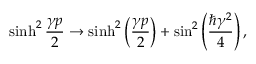
\sinh ^ { 2 } \frac { \gamma p } { 2 } \rightarrow \sinh ^ { 2 } \left( \frac { \gamma p } { 2 } \right) + \sin ^ { 2 } \left( \frac { \hbar \gamma ^ { 2 } } { 4 } \right) ,